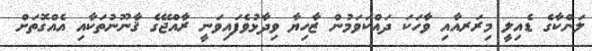
ލަންކާގެ ޑެއިލީ މިރަރއާއި ވާހަކަ ދައްކަވަމުން ޒާހިޔާ ވިދާޅުވެފައިވަނީ ރާއްޖޭގެ ޤާނޫނުތަކާއި އެއްގޮތަށް